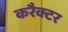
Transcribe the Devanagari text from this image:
करैक्टर